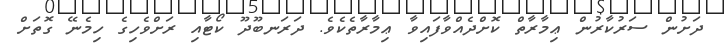
ދަށުން ސަރުކާރުން ޢިމާރާތް ކޮށްދެއްވާފައިވާ ޢިމާރާތެކެވެ. ދަރަނބޫދޫ ކޯޓާއި ރަށްވެހިގެ ހިމެނޭ ގޮތަށް